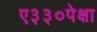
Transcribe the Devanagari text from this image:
ए३३०पेक्षा